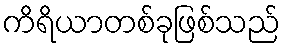
ကိရိယာတစ်ခုဖြစ်သည်